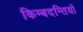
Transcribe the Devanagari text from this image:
किम्बदन्तियों